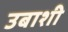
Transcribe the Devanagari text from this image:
उबाशी